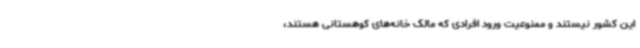
این کشور نیستند و ممنوعیت ورود افرادی که مالک خانه‌های کوهستانی هستند،